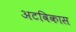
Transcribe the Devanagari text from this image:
अटविकास